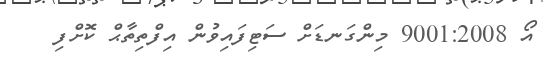
އޯ 9001:2008 މިންގަނޑަށް ސަޓިފައިވުން އިފްތިތާޙް ކޮށްފި